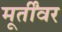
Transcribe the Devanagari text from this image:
मूर्तींवर